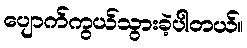
ပျောက်ကွယ်သွားခဲ့ပါတယ်။